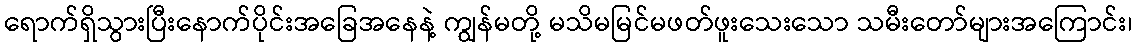
ရောက်ရှိသွားပြီးနောက်ပိုင်းအခြေအနေနဲ့ ကျွန်မတို့ မသိမမြင်မဖတ်ဖူးသေးသော သမီးတော်များအကြောင်း၊